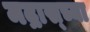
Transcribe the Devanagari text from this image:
मद्रास्च्या